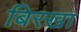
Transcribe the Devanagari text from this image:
बिरखा